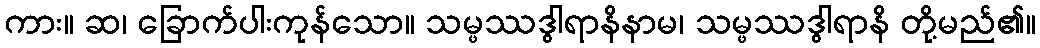
ကား။ ဆ၊ ခြောက်ပါးကုန်သော။ သမ္ဖဿဒွါရာနိနာမ၊ သမ္ဖဿဒွါရာနိ တို့မည်၏။